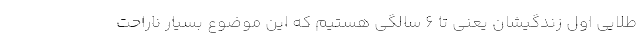
طلایی اول زندگیشان یعنی تا ۶ سالگی هستیم که این موضوع بسیار ناراحت